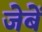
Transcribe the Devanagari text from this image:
जेबें